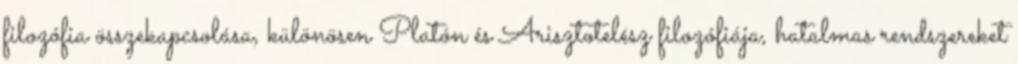
filozófia összekapcsolása, különösen Platón és Arisztotelész filozófiája, hatalmas rendszereket